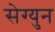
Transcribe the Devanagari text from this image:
सेग्युन